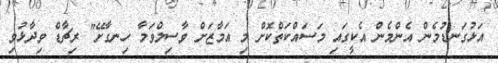
އަޅުގަނޑުމެން އެންމެން އެކީގައި މަސައްކަތްކޮށް މި އަމާޒަށް ވާސިލްވަމާ ހިނގާށޭ" ރިޗާޑް ވިދާޅުވި